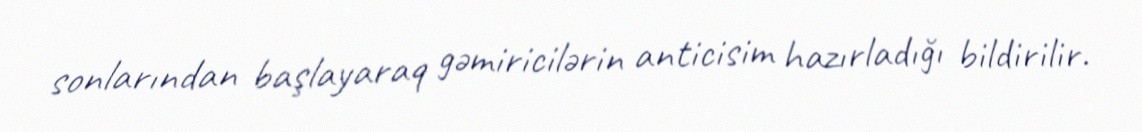
sonlarından başlayaraq gəmiricilərin anticisim hazırladığı bildirilir.